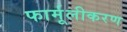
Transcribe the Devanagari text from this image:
फार्मूलीकरण